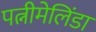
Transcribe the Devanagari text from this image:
पत्नीमेलिंडा